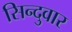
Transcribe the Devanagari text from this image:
सिन्दुवार